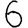
Digit: 6